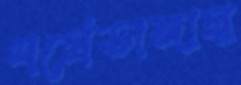
শর্ষেডাঙ্গায়